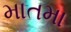
માતમા